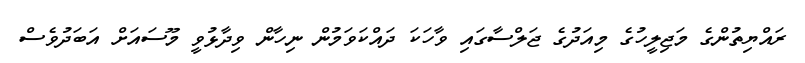
ރައްޔިތުންގެ މަޖިލީހުގެ މިއަދުގެ ޖަލްސާގައި ވާހަކަ ދައްކަވަމުން ނިހާން ވިދާޅުވީ މޫސައަށް އަބަދުވެސް